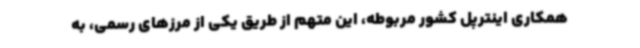
همکاری اینترپل کشور مربوطه، این متهم از طریق یکی از مرزهای رسمی، به